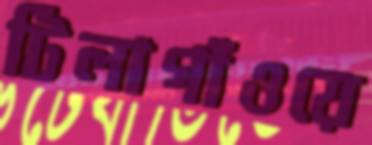
টিলাগাঁওয়ে